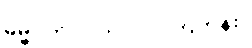
ဓမ္မဂုတ်။ ။ ဘာလုပ်ကြတုန်း။